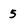
Character: 5